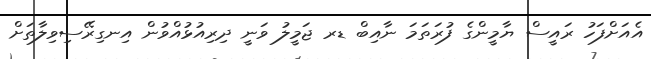
އެއަށްފަހު ރައީސް ޔާމީންގެ ފުރަތަމަ ނާއިބް ޑރ ޖަމީލު ވަނީ ދިރިއުޅުއްވުން އިނގިރޭސިވިލާތަށް